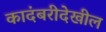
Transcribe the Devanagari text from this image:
कादंबरीदेखील